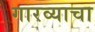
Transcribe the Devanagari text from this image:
गारव्याचा